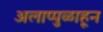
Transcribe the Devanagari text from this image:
अलाप्पुळाहून